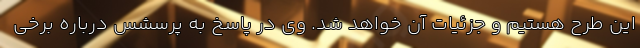
این طرح هستیم و جزئیات آن خواهد شد. وی در پاسخ به پرسشس درباره برخی